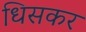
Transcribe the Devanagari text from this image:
धिसकर